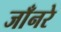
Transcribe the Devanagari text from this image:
जाँनरे